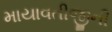
માયાવતીજીની